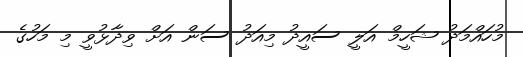
މުހައްމަދު ޝަހީމް އަލީ ސައީދު މިއަދު ސަން އަށް ވިދާޅުވީ މި މަހުގެ